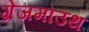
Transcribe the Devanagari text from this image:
ग्रेंजमाउथ